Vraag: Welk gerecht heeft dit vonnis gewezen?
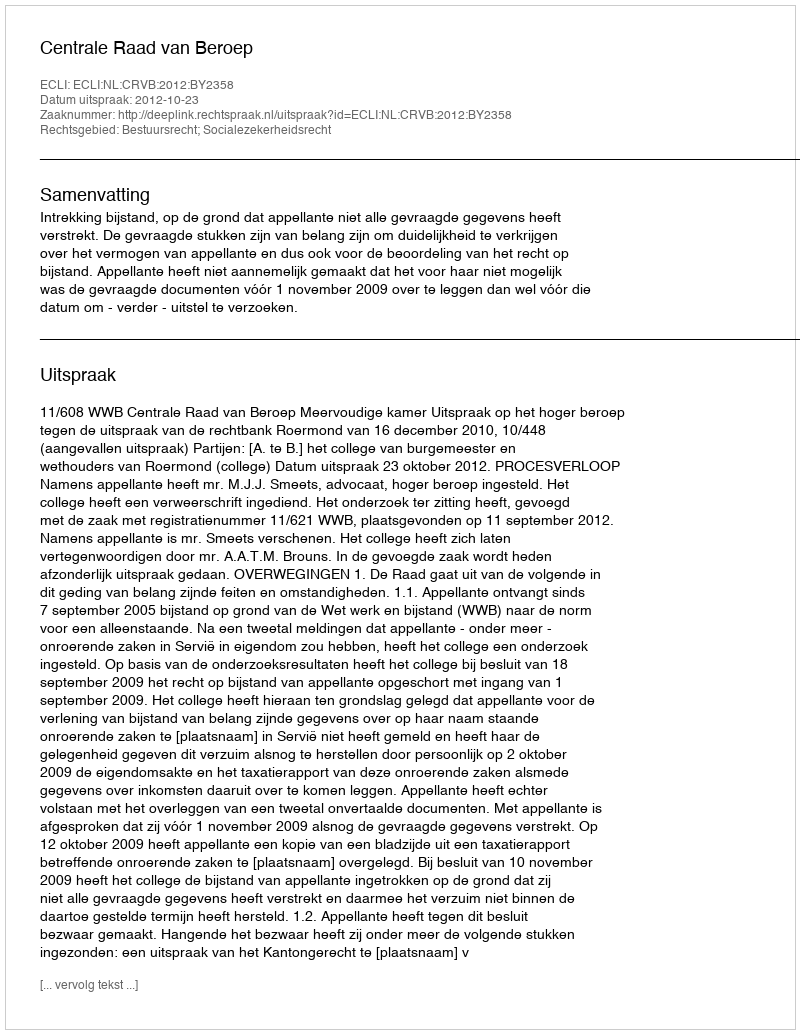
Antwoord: Centrale Raad van Beroep